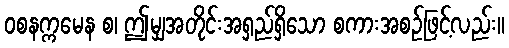
ဝစနက္ကမေန စ၊ ဤမျှအတိုင်းအရှည်ရှိသော စကားအစဉ်ဖြင့်လည်း။